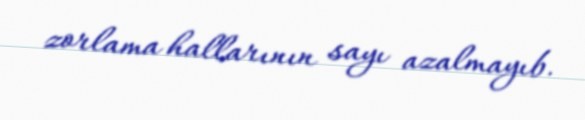
zorlama hallarının sayı azalmayıb.